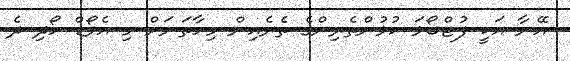
އޭނާ އަކީ ފުޓްބޯޅަ ކުޅުންތެރިންގެ ތެރެއިން މިހާތަނަށް މި އެވޯޑް ހޯދި ދެ